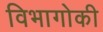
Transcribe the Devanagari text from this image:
विभागोकी